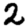
Digit: 2